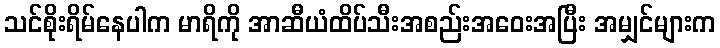
သင်စိုးရိမ်နေပါက မာရိကို အာဆီယံထိပ်သီးအစည်းအဝေးအပြီး အမျှင်များက